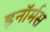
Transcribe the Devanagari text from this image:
इनॉर्मस